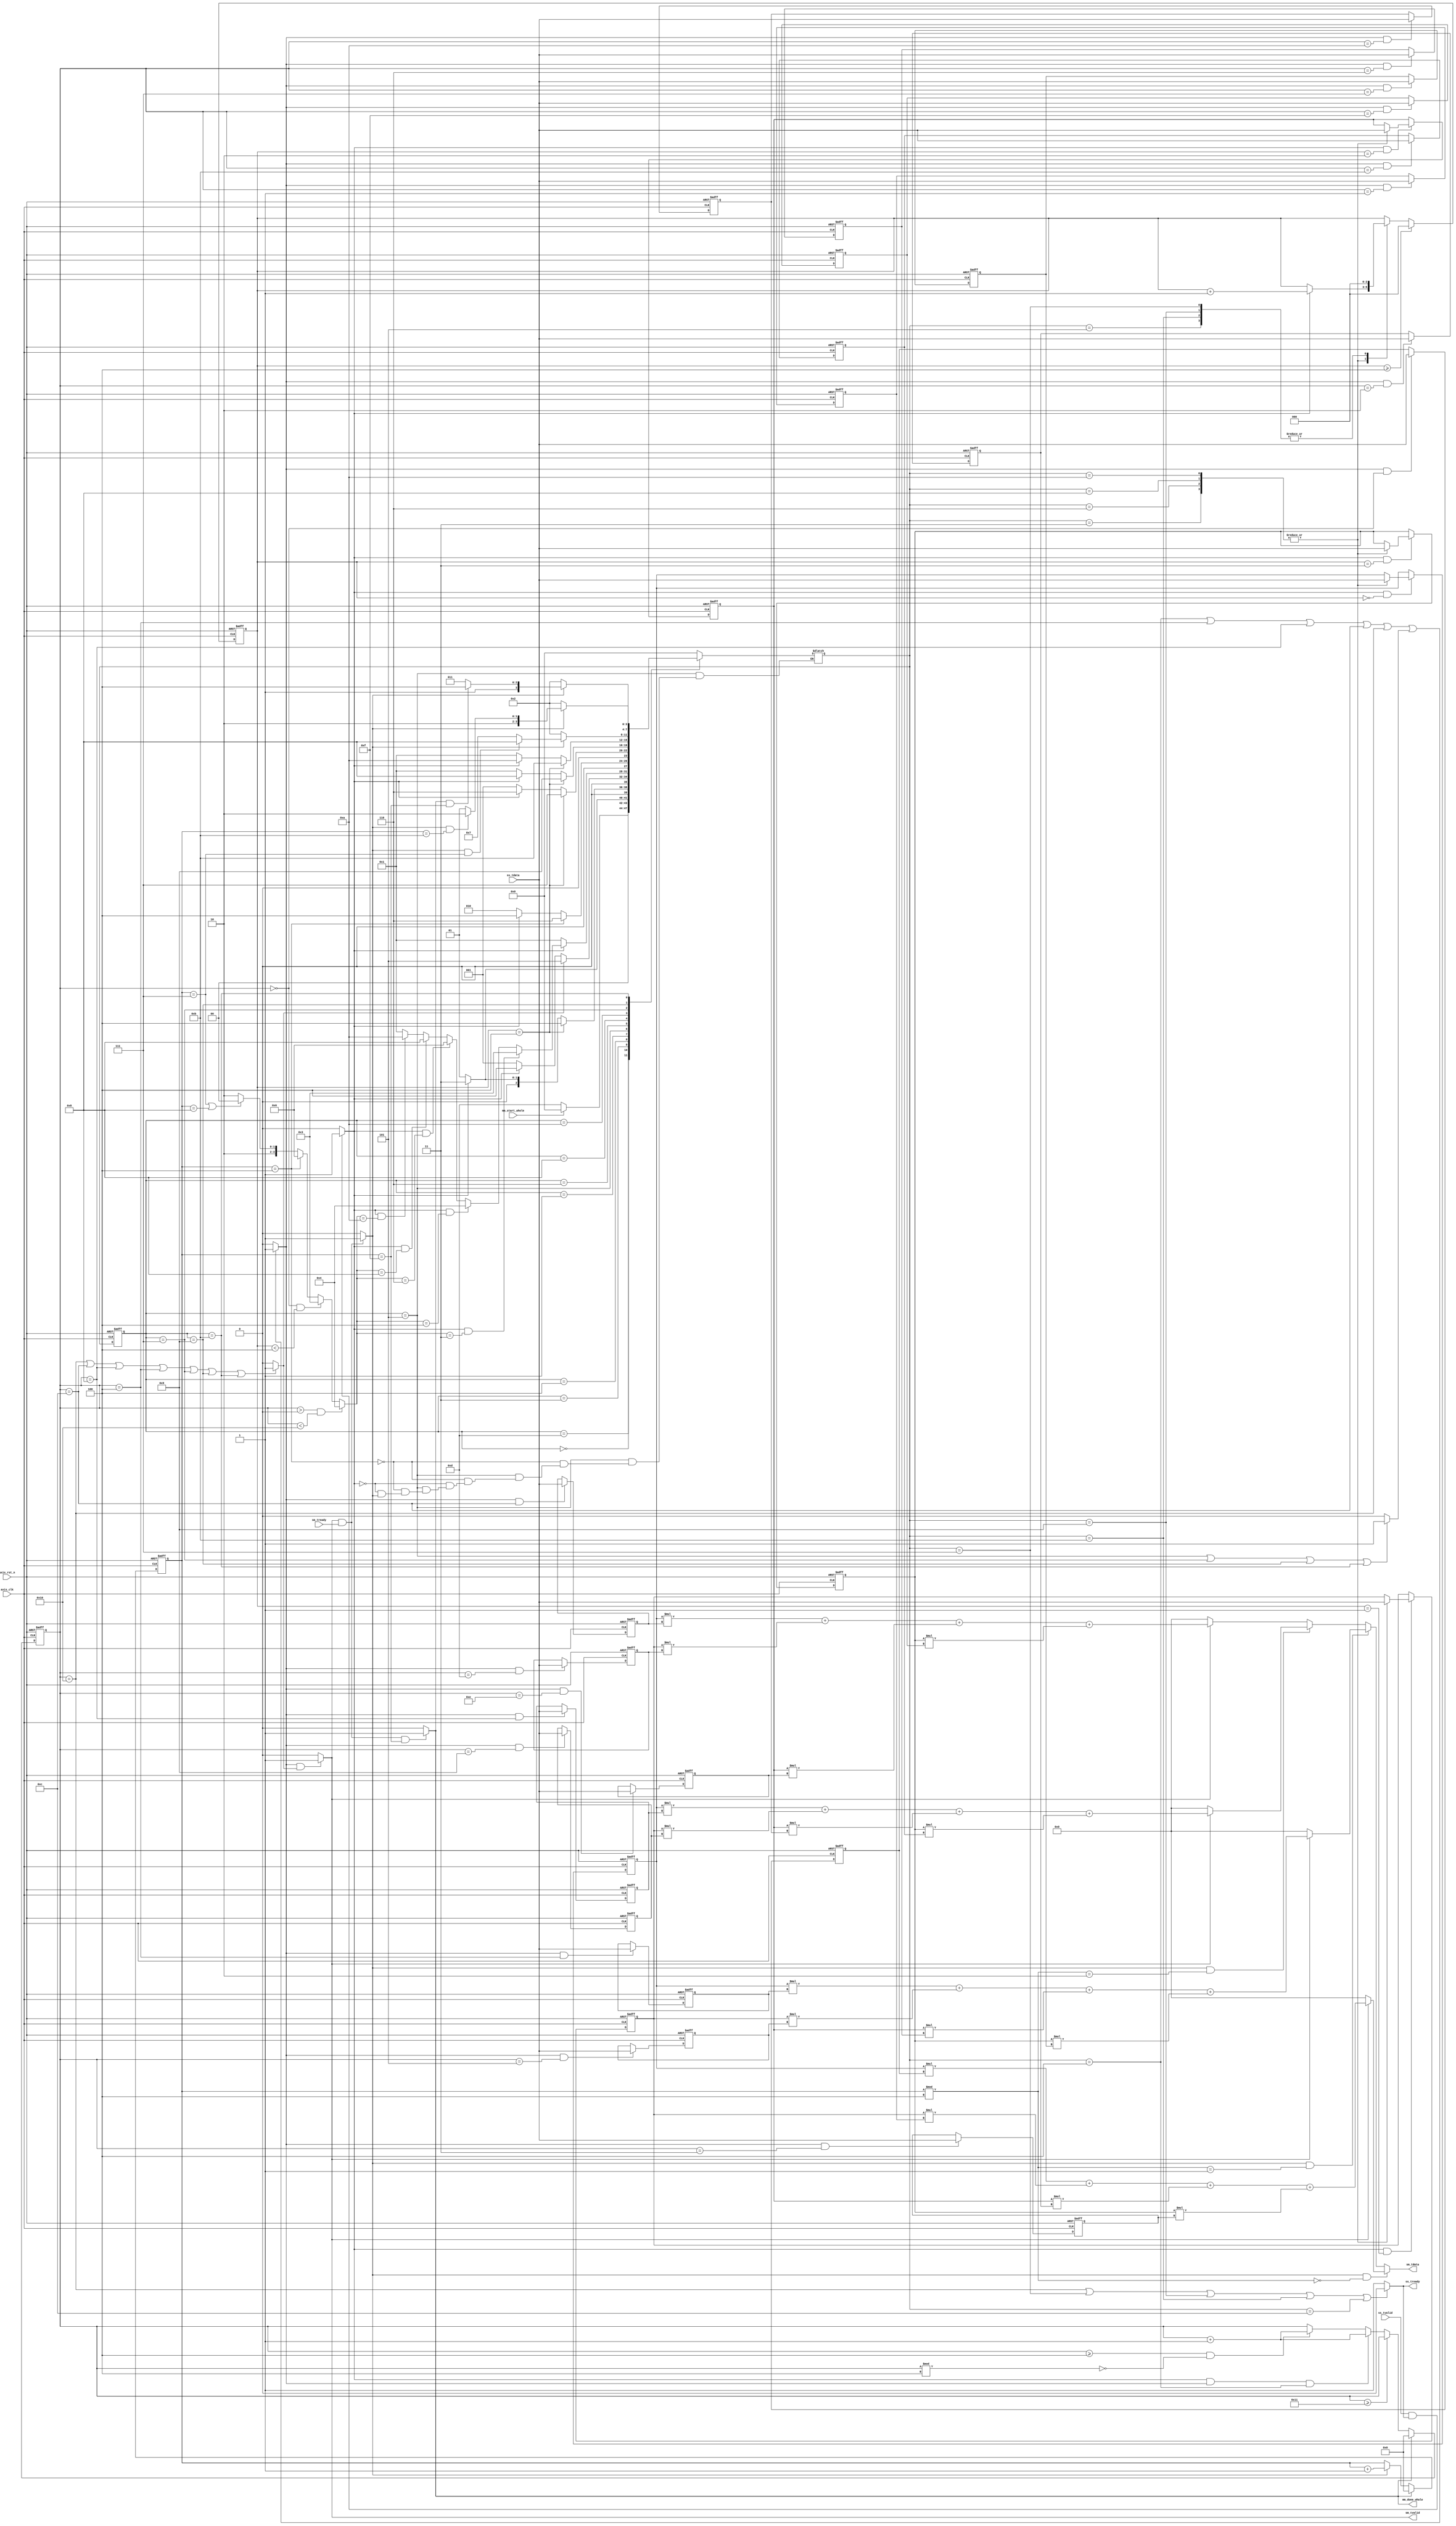
module mm 
#(  parameter pADDR_WIDTH = 12,
    parameter pDATA_WIDTH = 32
)
(
    input   wire                     axis_clk,
    input   wire                     axis_rst_n,
    
    // ap_start from DMA
    input   wire                     mm_start_whole,
    output   wire                     mm_done_whole,
    /////output   wire                     mm_idle,

    // Data in (AXI-Stream)
    input   wire                     ss_tvalid, 
    input   wire [(pDATA_WIDTH-1):0] ss_tdata, 
    //input   wire                     ss_tlast, //not used
    output  wire                     ss_tready,

    // Data out (AXI-Stream)
    input   wire                     sm_tready, 
    output  wire                     sm_tvalid, 
    output  wire [(pDATA_WIDTH-1):0] sm_tdata
    //output  wire                     sm_tlast, //not used
);

// Design by yuhungwei, testbench by zeus950068, modified by whywhytellmewhy
localparam IDLE = 4'd0;
localparam WAIT_FOR_INPUT = 4'd1;
localparam WAIT_FOR_OUTPUT = 4'd2;
localparam INPUT_MATRIX_A= 4'd3;
localparam INPUT_MATRIX_B= 4'd4;
localparam OUTPUT_MATRIX_C = 4'd5;

localparam INPUT_A_ROW2 = 4'd6;
localparam OUTPUT_C_ROW2 = 4'd7;
localparam INPUT_A_ROW3 = 4'd8;
localparam OUTPUT_C_ROW3 = 4'd9;
localparam INPUT_A_ROW4 = 4'd10;
localparam OUTPUT_C_ROW4 = 4'd11;

localparam DONE = 4'd12;
localparam INITIAL = 4'd13; // modified

wire mm_start; // modified
wire mm_done; // modified
wire mm_idle; // modified
assign mm_done_whole=mm_idle; // modified

reg         [3:0]           n_state;
reg         [3:0]           c_state;
//matrix A * matrix B == matrix C
reg         [4:0]           cnt_output;
reg         [2:0]           cnt_A_input;
reg         [4:0]           cnt_B_input;

reg    [(pDATA_WIDTH-1):0]  A1,A2,A3,A4;
reg    [(pDATA_WIDTH-1):0]  B11,B12,B13,B14;
reg    [(pDATA_WIDTH-1):0]  B21,B22,B23,B24;
reg    [(pDATA_WIDTH-1):0]  B31,B32,B33,B34;
reg    [(pDATA_WIDTH-1):0]  B41,B42,B43,B44;

wire                         output_flag;
wire                         input_A_flag;
wire                         input_B_flag;

wire                         input_valid;

reg   [3:0]                 stop_state;

wire   [(pDATA_WIDTH-1):0]  mac1,mac2,mac3,mac4; // MUL & ADD

assign input_valid = (c_state == INPUT_MATRIX_A || c_state == INPUT_A_ROW2 || c_state == INPUT_A_ROW3 || c_state == INPUT_A_ROW4 || c_state == INPUT_MATRIX_B)?1:0;
assign output_valid = ( c_state == OUTPUT_MATRIX_C || c_state == OUTPUT_C_ROW2 || c_state == OUTPUT_C_ROW3 || c_state == OUTPUT_C_ROW4)?1:0;
assign ss_tready = (cnt_B_input == 16 || n_state == OUTPUT_C_ROW2 || n_state == OUTPUT_C_ROW3 || n_state == OUTPUT_C_ROW4 || n_state == DONE)? 0:1;
assign sm_tvalid = output_flag;

assign mm_start = (ss_tvalid && ss_tready) ? 1:0;
assign mm_done = (sm_tvalid && sm_tready) ? 1:0;
assign mm_idle = (sm_tvalid && sm_tready && cnt_output == 5'd15) ? 1:0;

// assign input_A_flag =   (cnt_B_input == 5'd16)?0:
//                         (cnt_A_input == 3'd3 || c_state == INPUT_MATRIX_B || c_state == OUTPUT_MATRIX_C)?1:0;
assign input_A_flag = (n_state == INPUT_MATRIX_B || cnt_B_input == 4 || cnt_B_input == 8 || cnt_B_input == 12 || cnt_B_input == 16 || output_valid)?1:0;
assign input_B_flag =   (cnt_B_input == 5'd16 || cnt_B_input == 5'd12 || cnt_B_input == 5'd8 || cnt_B_input == 5'd4 || c_state == OUTPUT_C_ROW2 || c_state == OUTPUT_C_ROW3 || c_state == OUTPUT_C_ROW4)? 1:0;

assign output_flag  =   (input_A_flag && input_B_flag )? 1:0;

//MAC
assign mac1 = (output_flag)? (A1 * B11 + A2 * B21 + A3 * B31 + A4 * B41):0;
assign mac2 = (output_flag)? (A1 * B12 + A2 * B22 + A3 * B32 + A4 * B42):0;
assign mac3 = (output_flag)? (A1 * B13 + A2 * B23 + A3 * B33 + A4 * B43):0;
assign mac4 = (output_flag)? (A1 * B14 + A2 * B24 + A3 * B34 + A4 * B44):0;

assign sm_tdata = (mm_done && (cnt_output)%4==0)?mac1:
                  (mm_done && (cnt_output)%4==1)?mac2:
                  (mm_done && (cnt_output)%4==2)?mac3:mac4;
/////////////////////////////////////////////
///FSM
/////////////////////////////////////////////
always @(posedge axis_clk or negedge axis_rst_n) begin
	if(!axis_rst_n) begin
		c_state <= IDLE; // modified
        /////c_state <= INITIAL;
	end
	else begin
		c_state <= n_state;
	end
end

always @(*) begin
    case(c_state)
        //0
        INITIAL: begin // modified
            if(mm_start_whole) begin
                n_state = IDLE;
            end
            else begin
                n_state = INITIAL;
            end
        end
        IDLE:begin
            if(mm_start)
                n_state = INPUT_MATRIX_A;
            else 
                n_state = WAIT_FOR_INPUT; 
        end
        //3
        INPUT_MATRIX_A:begin
            if(cnt_A_input == 3'd4)
                n_state = INPUT_MATRIX_B;
            else if (mm_start) begin
                n_state = INPUT_MATRIX_A;
            end
            else n_state = WAIT_FOR_INPUT;
        end
        //4
        INPUT_MATRIX_B:begin
            if(input_B_flag)begin
                n_state = OUTPUT_MATRIX_C;
            end
            else if(mm_start)begin
                n_state = INPUT_MATRIX_B;
            end
            else n_state = WAIT_FOR_INPUT;
        end
        //1
        WAIT_FOR_INPUT: begin
            if(~mm_start)
                n_state = WAIT_FOR_INPUT;
            else if(mm_start && stop_state == INPUT_MATRIX_A)
                n_state = INPUT_MATRIX_A;
            else if(mm_start && stop_state == INPUT_MATRIX_B)
                n_state = INPUT_MATRIX_B;
            else if(mm_start && stop_state == INPUT_A_ROW2)
                n_state = INPUT_A_ROW2;
            else if(mm_start && stop_state == INPUT_A_ROW3)
                n_state = INPUT_A_ROW3;
            else if(mm_start && stop_state == INPUT_A_ROW4)
                n_state = INPUT_A_ROW4;
            else n_state = WAIT_FOR_INPUT;
        end
        //5
        OUTPUT_MATRIX_C :begin
            if(cnt_output == 5'd4)
                n_state = INPUT_A_ROW2;
            else if(mm_start)
                n_state = INPUT_MATRIX_B;
            else if(~mm_done)
                n_state = WAIT_FOR_OUTPUT;
        end
        //6
        INPUT_A_ROW2:begin
            if(cnt_A_input == 3'd4)
                n_state = OUTPUT_C_ROW2;
            else if (mm_start) 
                n_state = INPUT_A_ROW2;
            else n_state = WAIT_FOR_INPUT;
        end
        //8
        INPUT_A_ROW3:begin
            if(cnt_A_input == 3'd4)
                n_state = OUTPUT_C_ROW3;
            else if (mm_start) begin
                n_state = INPUT_A_ROW3;
            end
            else n_state = WAIT_FOR_INPUT;
        end
        //10
        INPUT_A_ROW4:begin
            if(cnt_A_input == 3'd4)
                n_state = OUTPUT_C_ROW4;
            else if (mm_start) begin
                n_state = INPUT_A_ROW4;
            end
            else n_state = WAIT_FOR_INPUT;
        end
        //7
        OUTPUT_C_ROW2 :begin
            if(~mm_done)
                n_state = WAIT_FOR_OUTPUT;
            else if(mm_done && cnt_output == 5'd7)
                n_state = INPUT_A_ROW3;
            else 
                n_state = OUTPUT_C_ROW2;
        end
        //9
        OUTPUT_C_ROW3 :begin
            if(~mm_done)
                n_state = WAIT_FOR_OUTPUT;
            else if(mm_done && cnt_output == 5'd11)
                n_state = INPUT_A_ROW4;
            else 
                n_state = OUTPUT_C_ROW3;
        end
        //11
        OUTPUT_C_ROW4 :begin
            if(~mm_done)
                n_state = WAIT_FOR_OUTPUT;
            else if(mm_idle && cnt_output == 5'd15)
                n_state = DONE;
            else 
                n_state = OUTPUT_C_ROW4;
        end
        //12
        DONE: begin
            n_state = IDLE;
        end
        default : begin
            n_state = IDLE;
        end
    endcase
end

/////////////////////////////////////////////
///counter
/////////////////////////////////////////////


// if a row of matrix A is done of input
// then change matrix B to input a column : input_A_flag will pull high 

always @(posedge axis_clk or negedge axis_rst_n) begin
    if(~axis_rst_n) 
        cnt_A_input <= 3'd0;
    else if(cnt_A_input >= 3'd4)
        cnt_A_input <= 3'd0;
    else begin
        case (n_state)
            INPUT_MATRIX_A:
            if(mm_start)
                cnt_A_input <= cnt_A_input + 3'd1; 
            INPUT_A_ROW2:
            if(mm_start)
                cnt_A_input <= cnt_A_input + 3'd1; 
            INPUT_A_ROW3:
            if(mm_start)
                cnt_A_input <= cnt_A_input + 3'd1;
            INPUT_A_ROW4: 
            if(mm_start)
                cnt_A_input <= cnt_A_input + 3'd1; 
            OUTPUT_MATRIX_C:
                cnt_A_input <= 3'd0;
            OUTPUT_C_ROW2:
                cnt_A_input <= 3'd0;
            OUTPUT_C_ROW3:
                cnt_A_input <= 3'd0;
            OUTPUT_C_ROW4:
                cnt_A_input <= 3'd0;

            default: cnt_A_input <= cnt_A_input;
        endcase
    end
end


always @(posedge axis_clk or negedge axis_rst_n) begin
    if(~axis_rst_n) 
        cnt_B_input <= 5'd0;
    else if (mm_idle) 
        cnt_B_input <= 5'd0;
    else if(cnt_B_input >= 5'd17) 
        cnt_B_input <= cnt_B_input;
    else if(mm_start && input_A_flag && n_state == INPUT_MATRIX_B) 
        cnt_B_input <= cnt_B_input + 5'd1;
    else if(cnt_B_input >= 5'd4 && cnt_B_input % 4 == 0)
        cnt_B_input <= cnt_B_input + 1;
    else cnt_B_input <= cnt_B_input;
end

//cnt_output count to 15 means the mm is done
always @(posedge axis_clk or negedge axis_rst_n) begin
    if(~axis_rst_n) 
        cnt_output <= 5'd0;
    else if(mm_idle)
        cnt_output <= 5'd0;
    else if(mm_done)
        cnt_output <= cnt_output + 5'd1;
    else 
        cnt_output <= cnt_output;
end

/////////////////////////////////////////////
///stop state
/////////////////////////////////////////////
always @(*) begin
    if(cnt_B_input > 5'd0 && cnt_B_input < 5'd16)
        stop_state = 5'd4;
    else if(cnt_B_input == 5'd0 && cnt_A_input < 3'd4)
        stop_state = 5'd3;
    else if(cnt_output == 5'd4)
        stop_state = 5'd6;
    else if(cnt_output == 5'd7 || cnt_output == 5'd8)
        stop_state = 5'd8;
    else
        stop_state = 5'd10;
end

/////////////////////////////////////////////
///input matrix A
/////////////////////////////////////////////

always @(posedge axis_clk or negedge axis_rst_n) begin
    if(~axis_rst_n) 
        A1 <= 0;
    else if (mm_start && cnt_A_input == 3'd0)begin
        case (n_state)
            INPUT_MATRIX_A:
                A1 <= ss_tdata; 
            WAIT_FOR_INPUT:
                A1 <= A1;
            INPUT_A_ROW2:
                A1 <= ss_tdata;
            INPUT_A_ROW3:
                A1 <= ss_tdata;
            INPUT_A_ROW4:
                A1 <= ss_tdata;
            default: 
            A1 <= A1;
        endcase
    end
    else A1 <= A1;
end
always @(posedge axis_clk or negedge axis_rst_n) begin
    if(~axis_rst_n) 
        A2 <= 0;
    else if (mm_start && cnt_A_input == 3'd1)begin
        case (n_state)
            INPUT_MATRIX_A:
                A2 <= ss_tdata; 
            WAIT_FOR_INPUT:
                A2 <= A2;
            INPUT_A_ROW2:
                A2 <= ss_tdata;
            INPUT_A_ROW3:
                A2 <= ss_tdata;
            INPUT_A_ROW4:
                A2 <= ss_tdata;
            default: 
            A2 <= A2;
        endcase
    end
    else A2 <= A2;
end
always @(posedge axis_clk or negedge axis_rst_n) begin
    if(~axis_rst_n) 
        A3 <= 0;
    else if (mm_start && cnt_A_input == 3'd2)begin
        case (n_state)
            INPUT_MATRIX_A:
                A3 <= ss_tdata; 
            WAIT_FOR_INPUT:
                A3 <= A3;
            INPUT_A_ROW2:
                A3 <= ss_tdata;
            INPUT_A_ROW3:
                A3 <= ss_tdata;
            INPUT_A_ROW4:
                A3 <= ss_tdata;
            default: 
            A3 <= A3;
        endcase
    end
    else A3 <= A3;
end
always @(posedge axis_clk or negedge axis_rst_n) begin
    if(~axis_rst_n) 
        A4 <= 0;
    else if (mm_start && cnt_A_input == 3'd3)begin
        case (n_state)
            INPUT_MATRIX_A:
                A4 <= ss_tdata; 
            WAIT_FOR_INPUT:
                A4 <= A4;
            INPUT_A_ROW2:
                A4 <= ss_tdata;
            INPUT_A_ROW3:
                A4 <= ss_tdata;
            INPUT_A_ROW4:
                A4 <= ss_tdata;
            default: 
            A4 <= A4;
        endcase
    end
    else A4 <= A4;
end


/////////////////////////////////////////////
///input matrix B
/////////////////////////////////////////////

always @(posedge axis_clk or negedge axis_rst_n) begin
    if(~axis_rst_n) 
        B11 <= 0;
    else if(input_A_flag && cnt_B_input == 5'd0)
        B11 <= ss_tdata; 
    else if(n_state == WAIT_FOR_INPUT)
        B11 <= B11;
    else B11 <= B11;
end

always @(posedge axis_clk or negedge axis_rst_n) begin
    if(~axis_rst_n) 
        B21 <= 0;
    else if(input_A_flag && cnt_B_input == 5'd1)
        B21 <= ss_tdata; 
    else if(n_state == WAIT_FOR_INPUT)
        B21 <= B21;
    else B21 <= B21;
end

always @(posedge axis_clk or negedge axis_rst_n) begin
    if(~axis_rst_n) 
        B31 <= 0;
    else if(input_A_flag && cnt_B_input == 5'd2)
        B31 <= ss_tdata; 
    else if(n_state == WAIT_FOR_INPUT)
        B31 <= B31;
    else B31 <= B31;
end

always @(posedge axis_clk or negedge axis_rst_n) begin
    if(~axis_rst_n) 
        B41 <= 0;
    else if(input_A_flag && cnt_B_input == 5'd3)
        B41 <= ss_tdata; 
    else if(n_state == WAIT_FOR_INPUT)
        B41 <= B41;
    else B41 <= B41;
end

always @(posedge axis_clk or negedge axis_rst_n) begin
    if(~axis_rst_n) 
        B12 <= 0;
    else if(input_A_flag && cnt_B_input == 5'd4)
        B12 <= ss_tdata; 
    else if(n_state == WAIT_FOR_INPUT)
        B12 <= B12;
    else B12 <= B12;
end

always @(posedge axis_clk or negedge axis_rst_n) begin
    if(~axis_rst_n) 
        B22 <= 0;
    else if(input_A_flag && cnt_B_input == 5'd5)
        B22 <= ss_tdata; 
    else if(n_state == WAIT_FOR_INPUT)
        B22 <= B22;
    else B22 <= B22;
end

always @(posedge axis_clk or negedge axis_rst_n) begin
    if(~axis_rst_n) 
        B32 <= 0;
    else if(input_A_flag && cnt_B_input == 5'd6)
        B32 <= ss_tdata; 
    else if(n_state == WAIT_FOR_INPUT)
        B32 <= B32;
    else B32 <= B32;
end

always @(posedge axis_clk or negedge axis_rst_n) begin
    if(~axis_rst_n) 
        B42 <= 0;
    else if(input_A_flag && cnt_B_input == 5'd7)
        B42 <= ss_tdata; 
    else if(n_state == WAIT_FOR_INPUT)
        B42 <= B42;
    else B42 <= B42;
end

always @(posedge axis_clk or negedge axis_rst_n) begin
    if(~axis_rst_n) 
        B13 <= 0;
    else if(input_A_flag && cnt_B_input == 5'd8)
        B13 <= ss_tdata; 
    else if(n_state == WAIT_FOR_INPUT)
        B13 <= B13;
    else B13 <= B13;
end

always @(posedge axis_clk or negedge axis_rst_n) begin
    if(~axis_rst_n) 
        B23 <= 0;
    else if(input_A_flag && cnt_B_input == 5'd9)
        B23 <= ss_tdata; 
    else if(n_state == WAIT_FOR_INPUT)
        B23 <= B23;
    else B23 <= B23;
end

always @(posedge axis_clk or negedge axis_rst_n) begin
    if(~axis_rst_n) 
        B33 <= 0;
    else if(input_A_flag && cnt_B_input == 5'd10)
        B33 <= ss_tdata; 
    else if(n_state == WAIT_FOR_INPUT)
        B33 <= B33;
    else B33 <= B33;
end

always @(posedge axis_clk or negedge axis_rst_n) begin
    if(~axis_rst_n) 
        B43 <= 0;
    else if(input_A_flag && cnt_B_input == 5'd11)
        B43 <= ss_tdata; 
    else if(n_state == WAIT_FOR_INPUT)
        B43 <= B43;
    else B43 <= B43;
end

always @(posedge axis_clk or negedge axis_rst_n) begin
    if(~axis_rst_n) 
        B14 <= 0;
    else if(input_A_flag && cnt_B_input == 5'd12)
        B14 <= ss_tdata; 
    else if(n_state == WAIT_FOR_INPUT)
        B14 <= B14;
    else B14 <= B14;
end

always @(posedge axis_clk or negedge axis_rst_n) begin
    if(~axis_rst_n) 
        B24 <= 0;
    else if(input_A_flag && cnt_B_input == 5'd13)
        B24 <= ss_tdata; 
    else if(n_state == WAIT_FOR_INPUT)
        B24 <= B24;
    else B24 <= B24;
end

always @(posedge axis_clk or negedge axis_rst_n) begin
    if(~axis_rst_n) 
        B34 <= 0;
    else if(input_A_flag && cnt_B_input == 5'd14)
        B34 <= ss_tdata; 
    else if(n_state == WAIT_FOR_INPUT)
        B34 <= B34;
    else B34 <= B34;
end

always @(posedge axis_clk or negedge axis_rst_n) begin
    if(~axis_rst_n) 
        B44 <= 0;
    else if(input_A_flag && cnt_B_input == 5'd15)
        B44 <= ss_tdata; 
    else if(n_state == WAIT_FOR_INPUT)
        B44 <= B44;
    else B44 <= B44;
end
    

endmodule